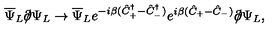
\overline { { \Psi } } _ { L } \partial \! \! \! / \Psi _ { L } \to \overline { { \Psi } } _ { L } e ^ { - i \beta ( \hat { C } _ { + } ^ { \dagger } - \hat { C } _ { - } ^ { \dagger } ) } e ^ { i \beta ( \hat { C } _ { + } - \hat { C } _ { - } ) } \partial \! \! \! / \Psi _ { L } ,